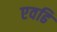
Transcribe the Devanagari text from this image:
एवढि